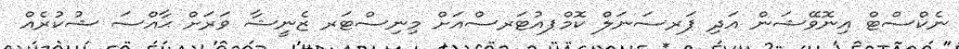
ނެކްސްޓް އިނޮވޭޝަން އަދި ޕަރސަނަލް ކޮމްޕއުޓަރސްއަށް މިނިސްޓަރ ޒެނީޝާ ވަރަށް ޙާއްސަ ޝުކުރެއް